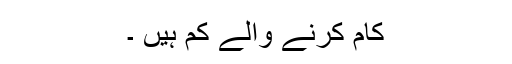
کام کرنے والے کم ہیں ۔